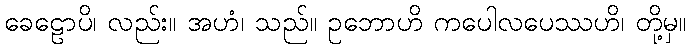
ခေဠောပိ၊ လည်း။ အဟံ၊ သည်။ ဥဘောဟိ ကပေါလပေဿဟိ၊ တို့မှ။